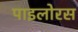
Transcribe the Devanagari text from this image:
पाइलोरस